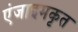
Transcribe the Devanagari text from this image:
एंजाइमकृत